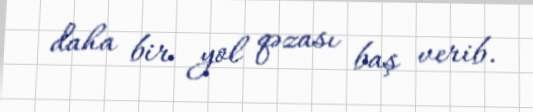
daha bir yol qəzası baş verib.